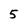
Character: 5